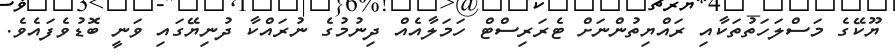
ޔޫކޭގެ މަސްލަހަތުތަކާއި ރައްޔިތުންނަށް ޓެރަރިސްޓް ހަމަލާއެއް ދިނުމުގެ ނުރައްކާ ދުނިޔޭގައި ވަނީ ބޮޑުވެފައެވެ.